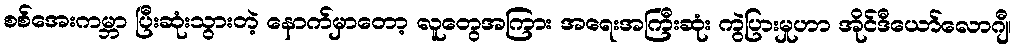
စစ်အေးကမ္ဘာ ပြီးဆုံးသွားတဲ့ နောက်မှာတော့ လူတွေအကြား အရေးအကြီးဆုံး ကွဲပြားမှုဟာ အိုင်ဒီယော်လောဂျီ၊